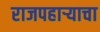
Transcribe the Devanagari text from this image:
राजपहार्‍याचा